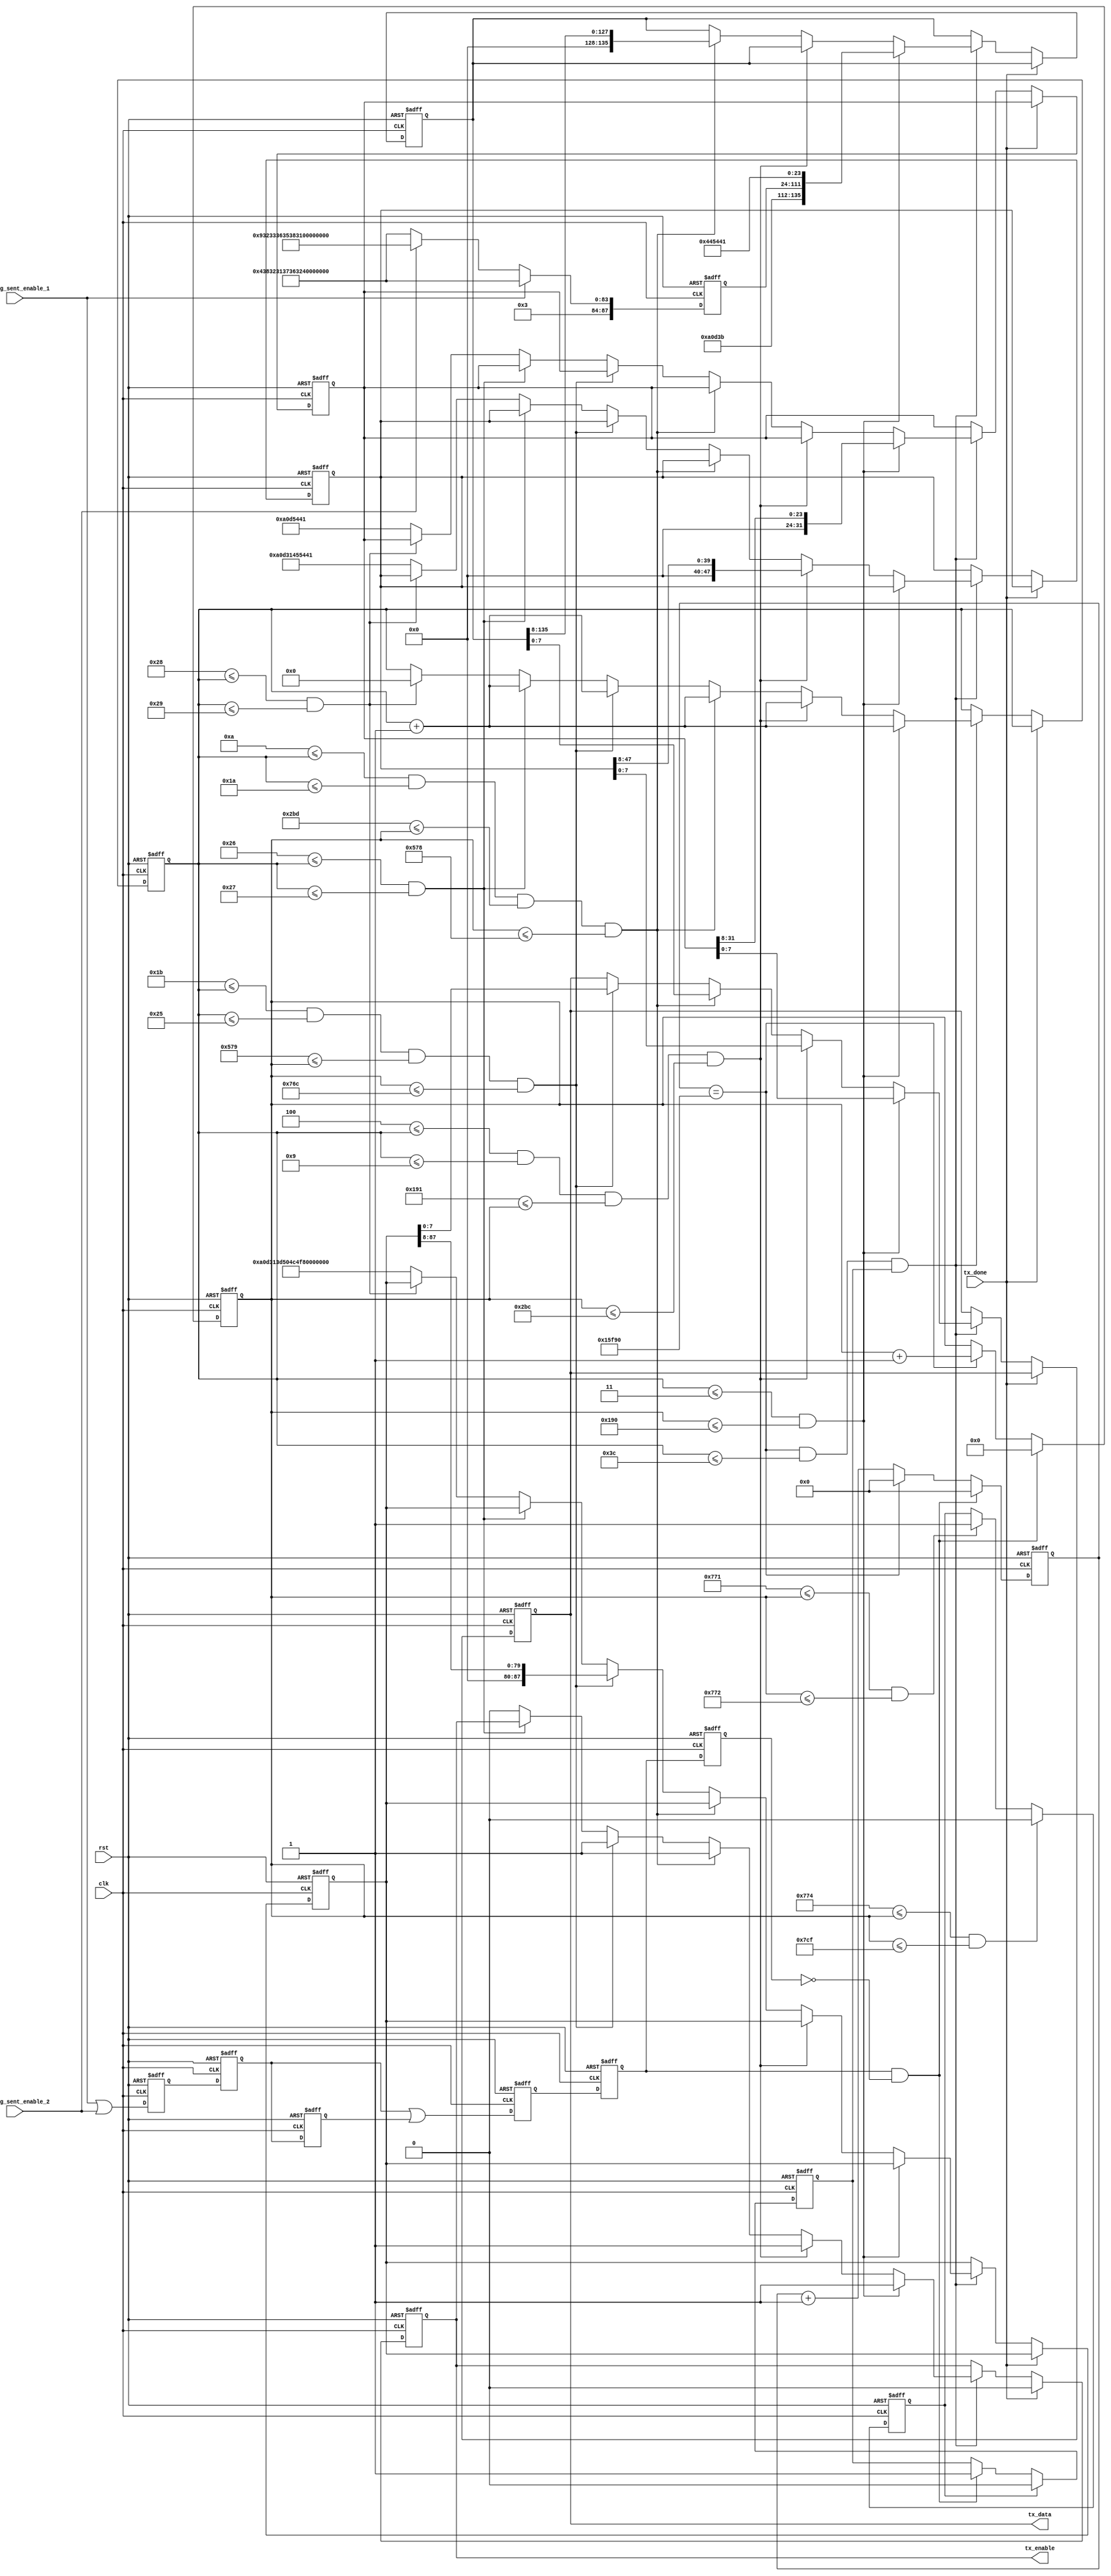
module calling(
 
	input 					clk,rst,
	input 					tx_done,				//uart,
	input 					calling_sent_enable_1,	// 
	input 					calling_sent_enable_2,
	
	output reg 				tx_enable,
	output reg	[7:0]		tx_data
	);

	wire 	[87:0]		calling_number_cheng = 88'h34_38_32_31_37_36_32_38_33_37_31;//
	wire	[87:0]		calling_number_zhi = 88'h39_32_33_36_35_38_31_39_35_35_31;//
	reg		[87:0]		calling_number;

	always @(*)
		if(calling_sent_enable_1 == 1)
		calling_number <= calling_number_cheng;
		else if(calling_sent_enable_2 == 1)
		calling_number <= calling_number_zhi;
		else
		calling_number <= calling_number_cheng;
	
	
	reg [31:0]	AT;//AT
	reg [5:0]	num;
	
	reg [47:0] 	ATE1;	//
	reg [135:0] ATD;	//ATD+"phone_number"+;
	reg [39:0]	ATH;	//
	reg [87:0]	COLP;
	
	reg [87:0] phone_number_buf;
	 //
	 always@(posedge clk or negedge rst)
	 if(!rst)	begin
		phone_number_buf <= 0 ;
		end
	 else begin
		phone_number_buf <= calling_number ;
		end
	
	//  ()
	reg mess_phone_number_prepared_enable_r1 ;
	reg mess_phone_number_prepared_enable_r2 ;
	reg mess_phone_number_prepared_enable_r3 ;
	always@(posedge clk or negedge rst)
	if(!rst)	begin
		mess_phone_number_prepared_enable_r1 <= 0 ;
		mess_phone_number_prepared_enable_r2 <= 0 ;
		mess_phone_number_prepared_enable_r3 <= 0 ;
	end
	else	begin
		mess_phone_number_prepared_enable_r1 <= (calling_sent_enable_1 || calling_sent_enable_2) ;
		mess_phone_number_prepared_enable_r2 <= mess_phone_number_prepared_enable_r1 ;
		mess_phone_number_prepared_enable_r3 <= mess_phone_number_prepared_enable_r2 ;
	end
	wire mess_phone_number_prepared_enable_r ;
	assign mess_phone_number_prepared_enable_r = mess_phone_number_prepared_enable_r2 | mess_phone_number_prepared_enable_r3 ;
	
	reg calling_sent_enable;
	always@(posedge clk or negedge rst)
	if(!rst)
		calling_sent_enable <= 0 ;
	else 
		calling_sent_enable <= mess_phone_number_prepared_enable_r ;

	reg message_sent_enable_r1;
	reg message_sent_enable_r2;
	wire message_sent_enable_r;
	assign message_sent_enable_r = message_sent_enable_r1 & ~message_sent_enable_r2 ;
	always@(posedge clk or negedge rst)
	if(!rst)	begin
		message_sent_enable_r1 <= 0;
		message_sent_enable_r2 <= 0;
	end
	else	begin
		message_sent_enable_r1 <= calling_sent_enable;
		message_sent_enable_r2 <= message_sent_enable_r1 ;
	end
	
	parameter T1s = 27'd90_000;
	
	reg[26:0]cnt_T1s;
	reg[10:0]cnt_T5s;
	always@(posedge clk or negedge rst)
	begin
		if(!rst)
		begin
			cnt_T1s <= 26'd0;
		end
		else if(message_sent_enable_r==1)
		begin
			cnt_T1s <= 0 ;
		end
		else if(cnt_T1s == T1s)		//8bitASCII
		begin
		cnt_T1s <= 26'd0;
		end
		else 
		begin
		cnt_T1s <= cnt_T1s + 1'b1;
		end
	end
	
	always@(posedge clk or negedge rst)
	begin
		if(!rst)
		begin
			cnt_T5s <= 26'd0;
		end
		else if(message_sent_enable_r==1)
		begin
			cnt_T5s <= 0 ;
		end
		else if(cnt_T1s == T1s)
		begin	     
			cnt_T5s <= cnt_T5s + 1'b1;
		end
		else 
		begin
			cnt_T5s <= cnt_T5s;
		end
	end
	
	reg message_sent_done_flag ;		//"1",
	reg message_sent_enable_en ;		//"1"
	always@(posedge clk or negedge rst)	begin
	if(!rst)	//
		message_sent_enable_en <= 0 ;
	else if(message_sent_done_flag==1)	//
		message_sent_enable_en <= 0 ;	//
	else if(message_sent_enable_r==1)	//
		message_sent_enable_en <= 1 ;	//
	end
	
	
	always@(posedge clk or negedge rst)
	begin
		if(!rst)
		begin
			tx_enable <= 1'b0;
			AT <= 32'h0a_0d_54_41;
			COLP <= 88'h0a_0d_31_3d_50_4c_4f_43_2b_54_41;//AT+COLP=1,11
			tx_data <= 8'b0;
			ATE1<=48'h0a_0d_31_45_54_41;
			ATH<=40'h0a_0d_48_54_41;
			num <= 0;
			ATD <= 0 ;
			end
		else if(tx_done)
		begin   
			tx_enable <= 1'b0;
			end
		
		else if(cnt_T1s == T1s && num <= 6'd60 && message_sent_enable_en==1)		//ASCII
		begin
			if((num <= 3) && (cnt_T5s <= 400) )//AT		A T   => 4*4*8=128128cnt_T5s400128+272OK
			begin
				tx_enable <= 1'b1;
				tx_data <= AT;
				AT <= AT >> 8;
				num <= num + 1'b1;		
				ATD <= {24'h0a0d3b,phone_number_buf,24'h445441};
			end
			//6
			else if( 4 <= num && num <= 9 &&  401 <= cnt_T5s && cnt_T5s <= 700 )//CMGF   6*4*8=192,400+352+148=900 148
			begin
					tx_enable <= 1'b1;
					tx_data <= ATE1;
					ATE1 <= ATE1 >> 8;
					num <= num + 1'b1;
				end
				
			// 17
			else if( 10 <= num && num <= 26 &&  701 <= cnt_T5s && cnt_T5s <= 1400 )
				begin
					tx_enable <= 1'b1;
					tx_data <= ATD;
					ATD <= ATD >> 8;
					num <= num + 1'b1;
				end
						
			// AT+COLP=1 11
			else if( 27 <= num && num <= 37 &&  1401 <= cnt_T5s && cnt_T5s <= 1900)
			///&& 901 <= cnt_T5s && cnt_T5s <= 1400 )//COLP
			begin
				tx_enable <= 1'b1;
				tx_data <= COLP;
				COLP <= COLP >> 8;
				num <= num + 1'b1;
			end
			else if(38 <= num && num <= 39 )begin
					num <= num+1'b1 ;
					end
			else if(40 <= num && num <= 41 )begin
				tx_enable <= 1'b0;
				num <= 0 ;
				end 
			else 
			begin
				tx_enable <= 1'b0;
				tx_data <= tx_data;
				num <= num;
				AT <= 32'h0a_0d_54_41;
				COLP <= 88'h0a_0d_31_3d_50_4c_4f_43_2b_54_41;//AT+COLP=1,11
				ATE1<=48'h0a_0d_31_45_54_41;
				ATH<=40'h0a_0d_48_54_41;
			end
		end
	end
	
	always@(posedge clk or negedge rst)
	if(!rst)
		message_sent_done_flag <= 0 ;
	else if(1908 <= cnt_T5s && cnt_T5s <= 1999)
		message_sent_done_flag <= 0 ;
	else if(1905 <= cnt_T5s && cnt_T5s <= 1906)		//223
		message_sent_done_flag <= 1 ;
	else
		message_sent_done_flag <= message_sent_done_flag ;
	
endmodule